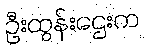
ဦးထွန်းဌေးက